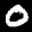
Label: 0